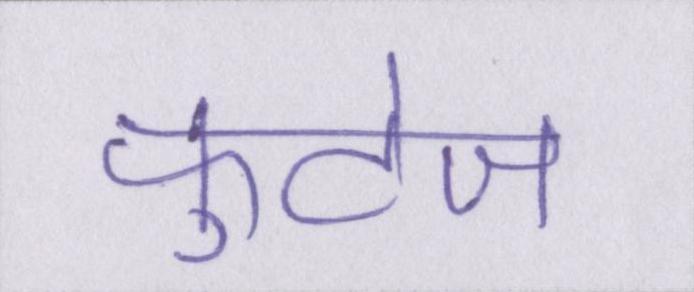
फुटेज